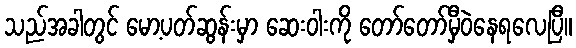
သည်အခါတွင် မော့ပတ်ဆွန်းမှာ ဆေးဝါးကို တော်တော်မှီဝဲနေရလေပြီ။